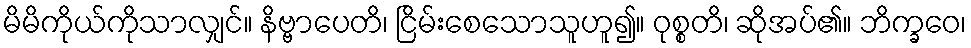
မိမိကိုယ်ကိုသာလျှင်။ နိဗ္ဗာပေတိ၊ ငြိမ်းစေသောသူဟူ၍။ ဝုစ္စတိ၊ ဆိုအပ်၏။ ဘိက္ခဝေ၊